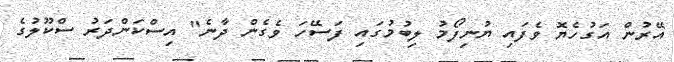
އޭރުން އަގުހެޔޮ ވެފައި ޔުނިފޯމު ލިބުމުގައި ފަސޭހަ ވެގެން ދާނެ" އިސްކަންދަރު ސްކޫލުގެ